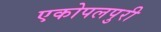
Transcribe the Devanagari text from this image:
एकोपलपुरी